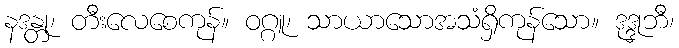
နဒန္တု၊ တီးလေစေကုန်။ ဝဂ္ဂူ၊ သာယာသောအသံရှိကုန်သော။ ဒုဒ္ဒုဘီ၊